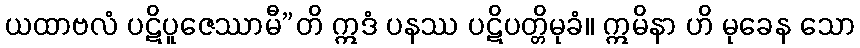
ယထာဗလံ ပဋိပူဇေဿာမီ”တိ ဣဒံ ပနဿ ပဋိပတ္တိမုခံ။ ဣမိနာ ဟိ မုခေန သော